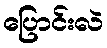
ပြောင်းလဲ